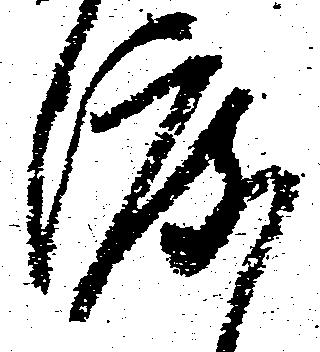
渡